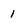
Character: 1